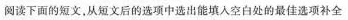
阅读下面的短文,从短文后的选项中选出能填人空白处的最佳选项补全